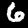
Digit: 6